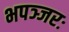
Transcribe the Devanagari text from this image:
भपञ्जरः